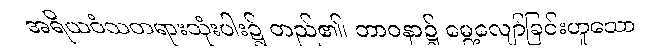
အရိယဝံသတရားသုံးပါး၌ တည်၏၊ ဘာဝနာ၌ မွေ့လျော်ခြင်းဟူသော